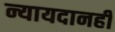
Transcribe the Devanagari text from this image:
न्यायदानही